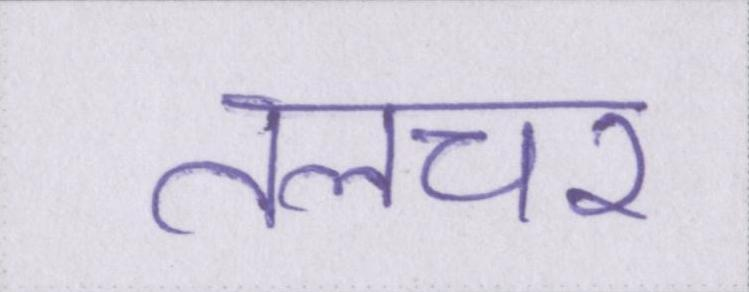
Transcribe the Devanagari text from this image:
तलचर